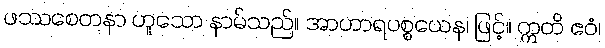
ဖဿစေတနာ ဟူသော နာမ်သည်။ အာဟာရပစ္စယေန၊ ဖြင့်။ ဣတိ ဧဝံ၊